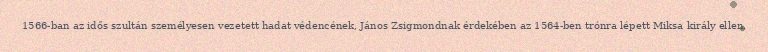
1566-ban az idős szultán személyesen vezetett hadat védencének, János Zsigmondnak érdekében az 1564-ben trónra lépett Miksa király ellen.